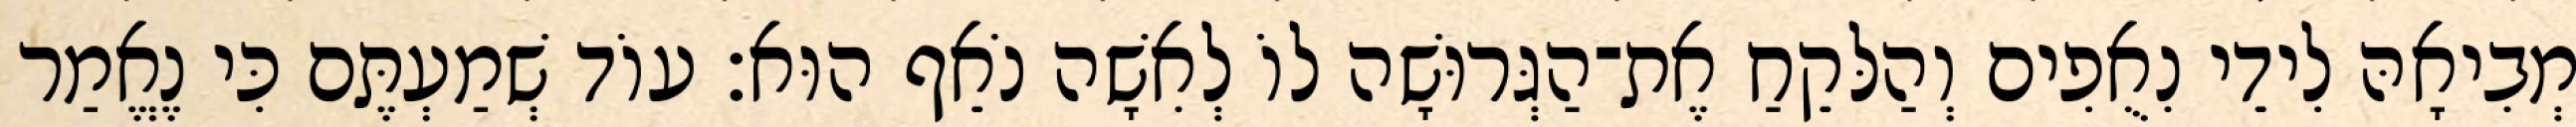
מְבִיאָהּ לִידֵי נִאֻפִים וְהַלּקֵחַ אֶת־הַגְּרוּשָׁה לוֹ לְאִשָׁה נֹאֵף הוּא׃ עוֹד שְׁמַעְתֶּם כִּי נֶאֱמַר